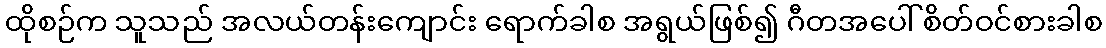
ထိုစဉ်က သူသည် အလယ်တန်းကျောင်း ရောက်ခါစ အရွယ်ဖြစ်၍ ဂီတအပေါ် စိတ်ဝင်စားခါစ